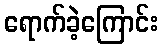
ရောက်ခဲ့ကြောင်း